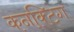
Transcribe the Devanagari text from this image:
कनक्टिंग